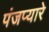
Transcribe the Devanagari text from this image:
पंजप्यारे